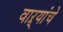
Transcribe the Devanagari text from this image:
वाऱ्यांचे